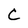
Character: C